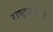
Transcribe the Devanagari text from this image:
राष्ट्रप्रतीक